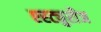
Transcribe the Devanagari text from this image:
एस्ट्युरीज